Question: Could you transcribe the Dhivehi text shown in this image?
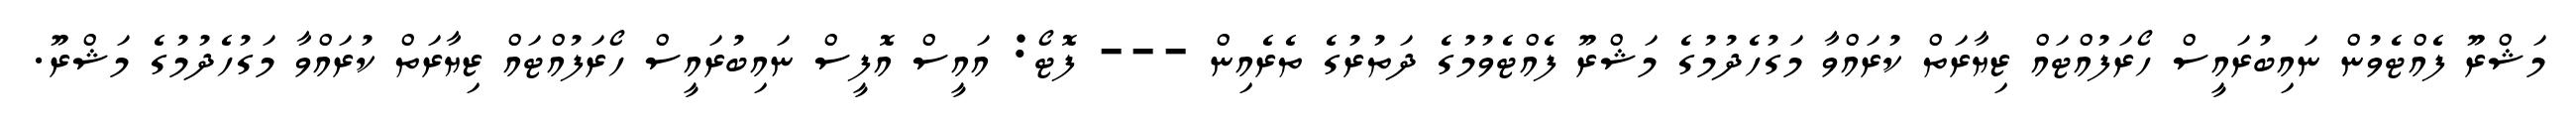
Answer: މަޝްރޫ ފެއްޓެވުން ނައިބުރައީސް ހޯރަފުއްޓައް ޒިޔާރަތް ކުރައްވާ މަގުހެދުމުގެ މަޝްރޫ ފެއްޓެވުމުގެ ދަތުރުގެ ތެރެއިން --- ފޮޓޯ: އައީސް އޮފީސް ނައިބުރައީސް ހޯރަފުއްޓައް ޒިޔާރަތް ކުރައްވާ މަގުހެދުމުގެ މަޝްރޫ.